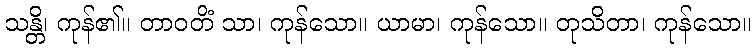
သန္တိ၊ ကုန်၏။ တာဝတိံ သာ၊ ကုန်သော။ ယာမာ၊ ကုန်သော။ တုသိတာ၊ ကုန်သော။